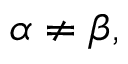
\alpha \neq \beta ,